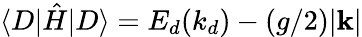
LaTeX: \langle D|\hat{H}|D\rangle=E_{d}(k_{d})-(g/2)|\mathbf{k}|